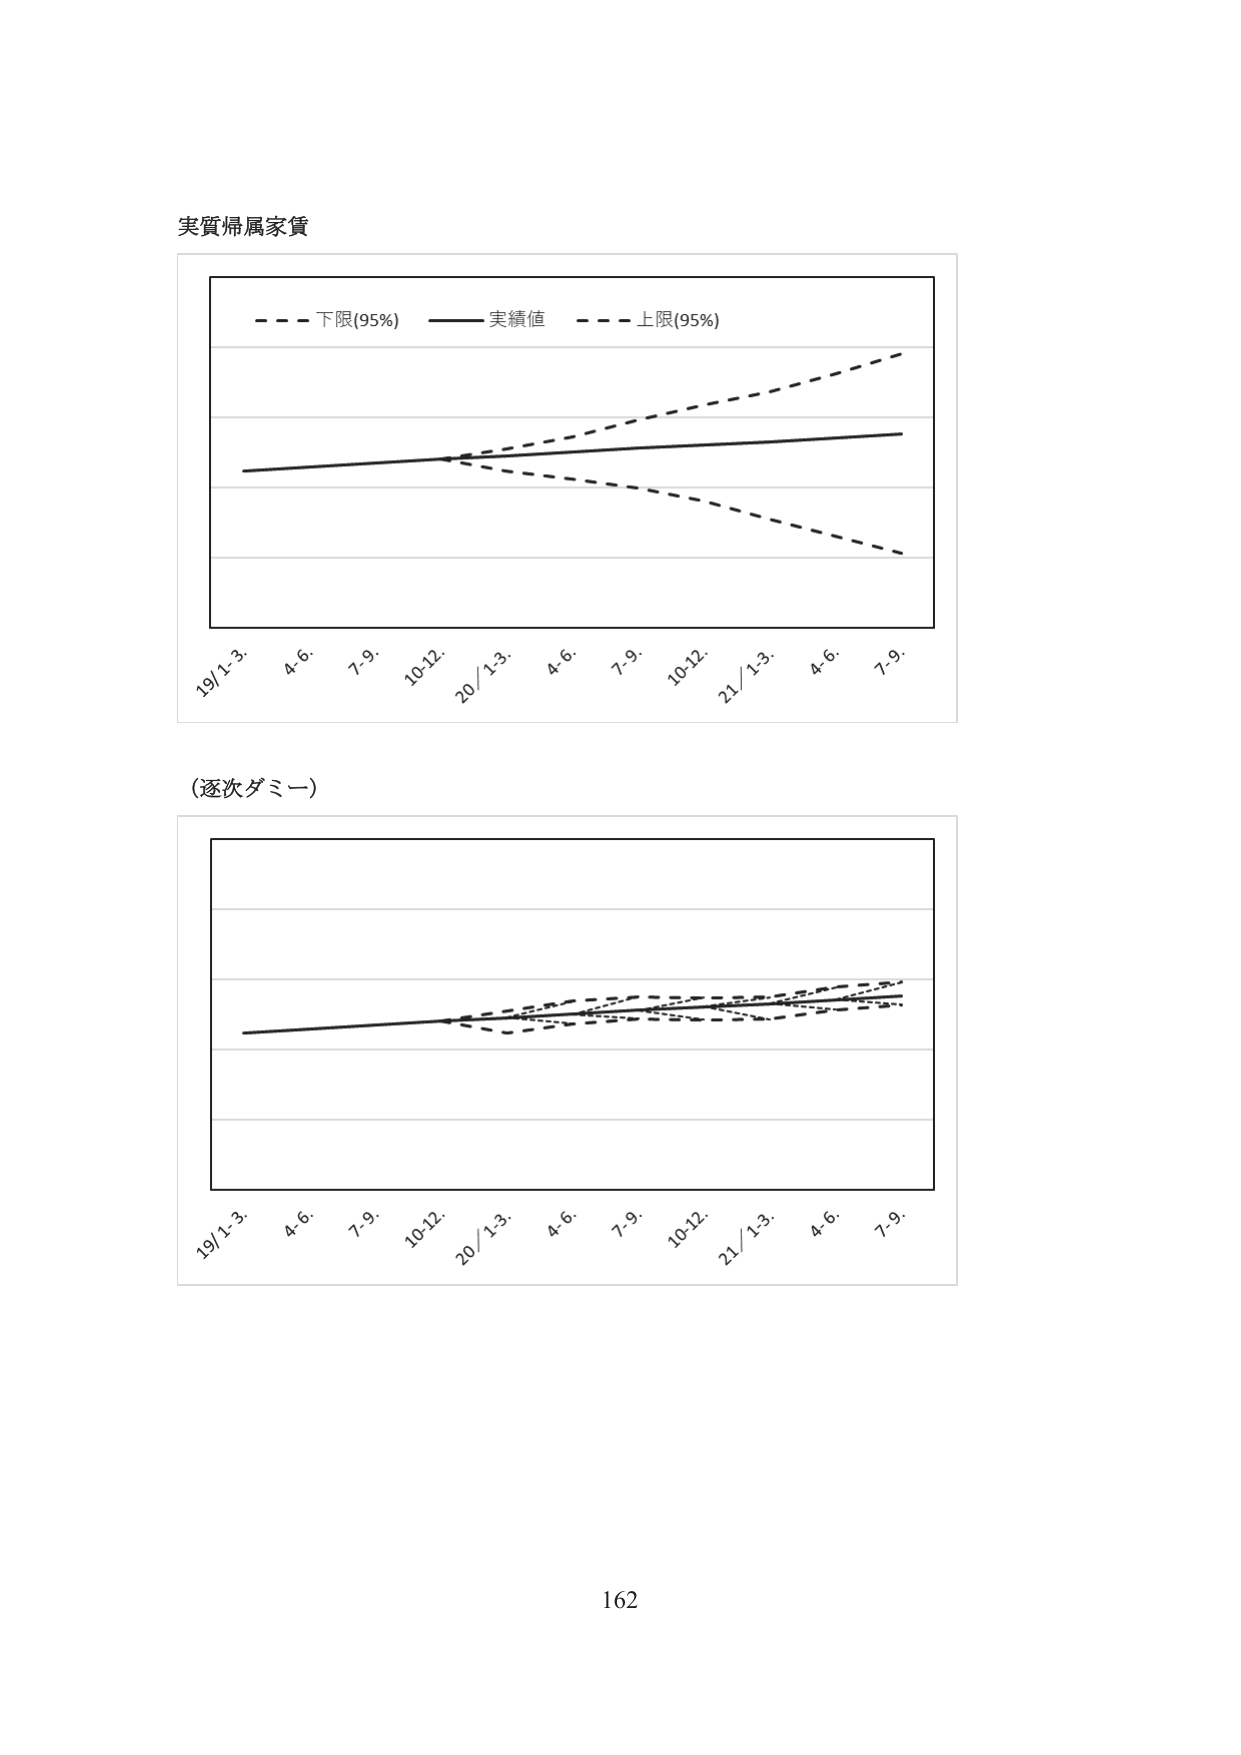
実質帰属家賃

- - - 下限(95%)     実績値     - - - 上限(95%)

19/1-3.   4.6.   7.9.   10-12.   20/1-3.   4.6.   7.9.   10-12.   21/1-3.   4.6.   7.9.

（逐次ダミー）

19/1-3.   4.6.   7.9.   10-12.   20/1-3.   4.6.   7.9.   10-12.   21/1-3.   4.6.   7.9.

162